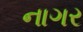
નાગર